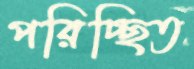
পরিচ্ছিত